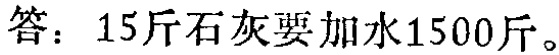
答：15斤石灰要加水1500斤。